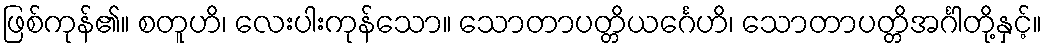
ဖြစ်ကုန်၏။ စတူဟိ၊ လေးပါးကုန်သော။ သောတာပတ္တိယင်္ဂေဟိ၊ သောတာပတ္တိအင်္ဂါတို့နှင့်။